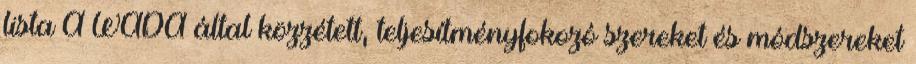
lista A WADA által közzétett, teljesítményfokozó szereket és módszereket